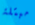
مبتلة